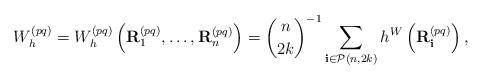
LaTeX: \begin{align*} W_h^{(pq)} = W_h^{(pq)}\left({\bf R}_1^{(pq)}, \dots, {\bf R}_n^{(pq)}\right) = {n \choose 2k}^{-1} \sum_{{\bf i}\in \mathcal{P}(n, 2k)} h^W\left({\bf R}^{(pq)}_{{\bf i}}\right),\end{align*}